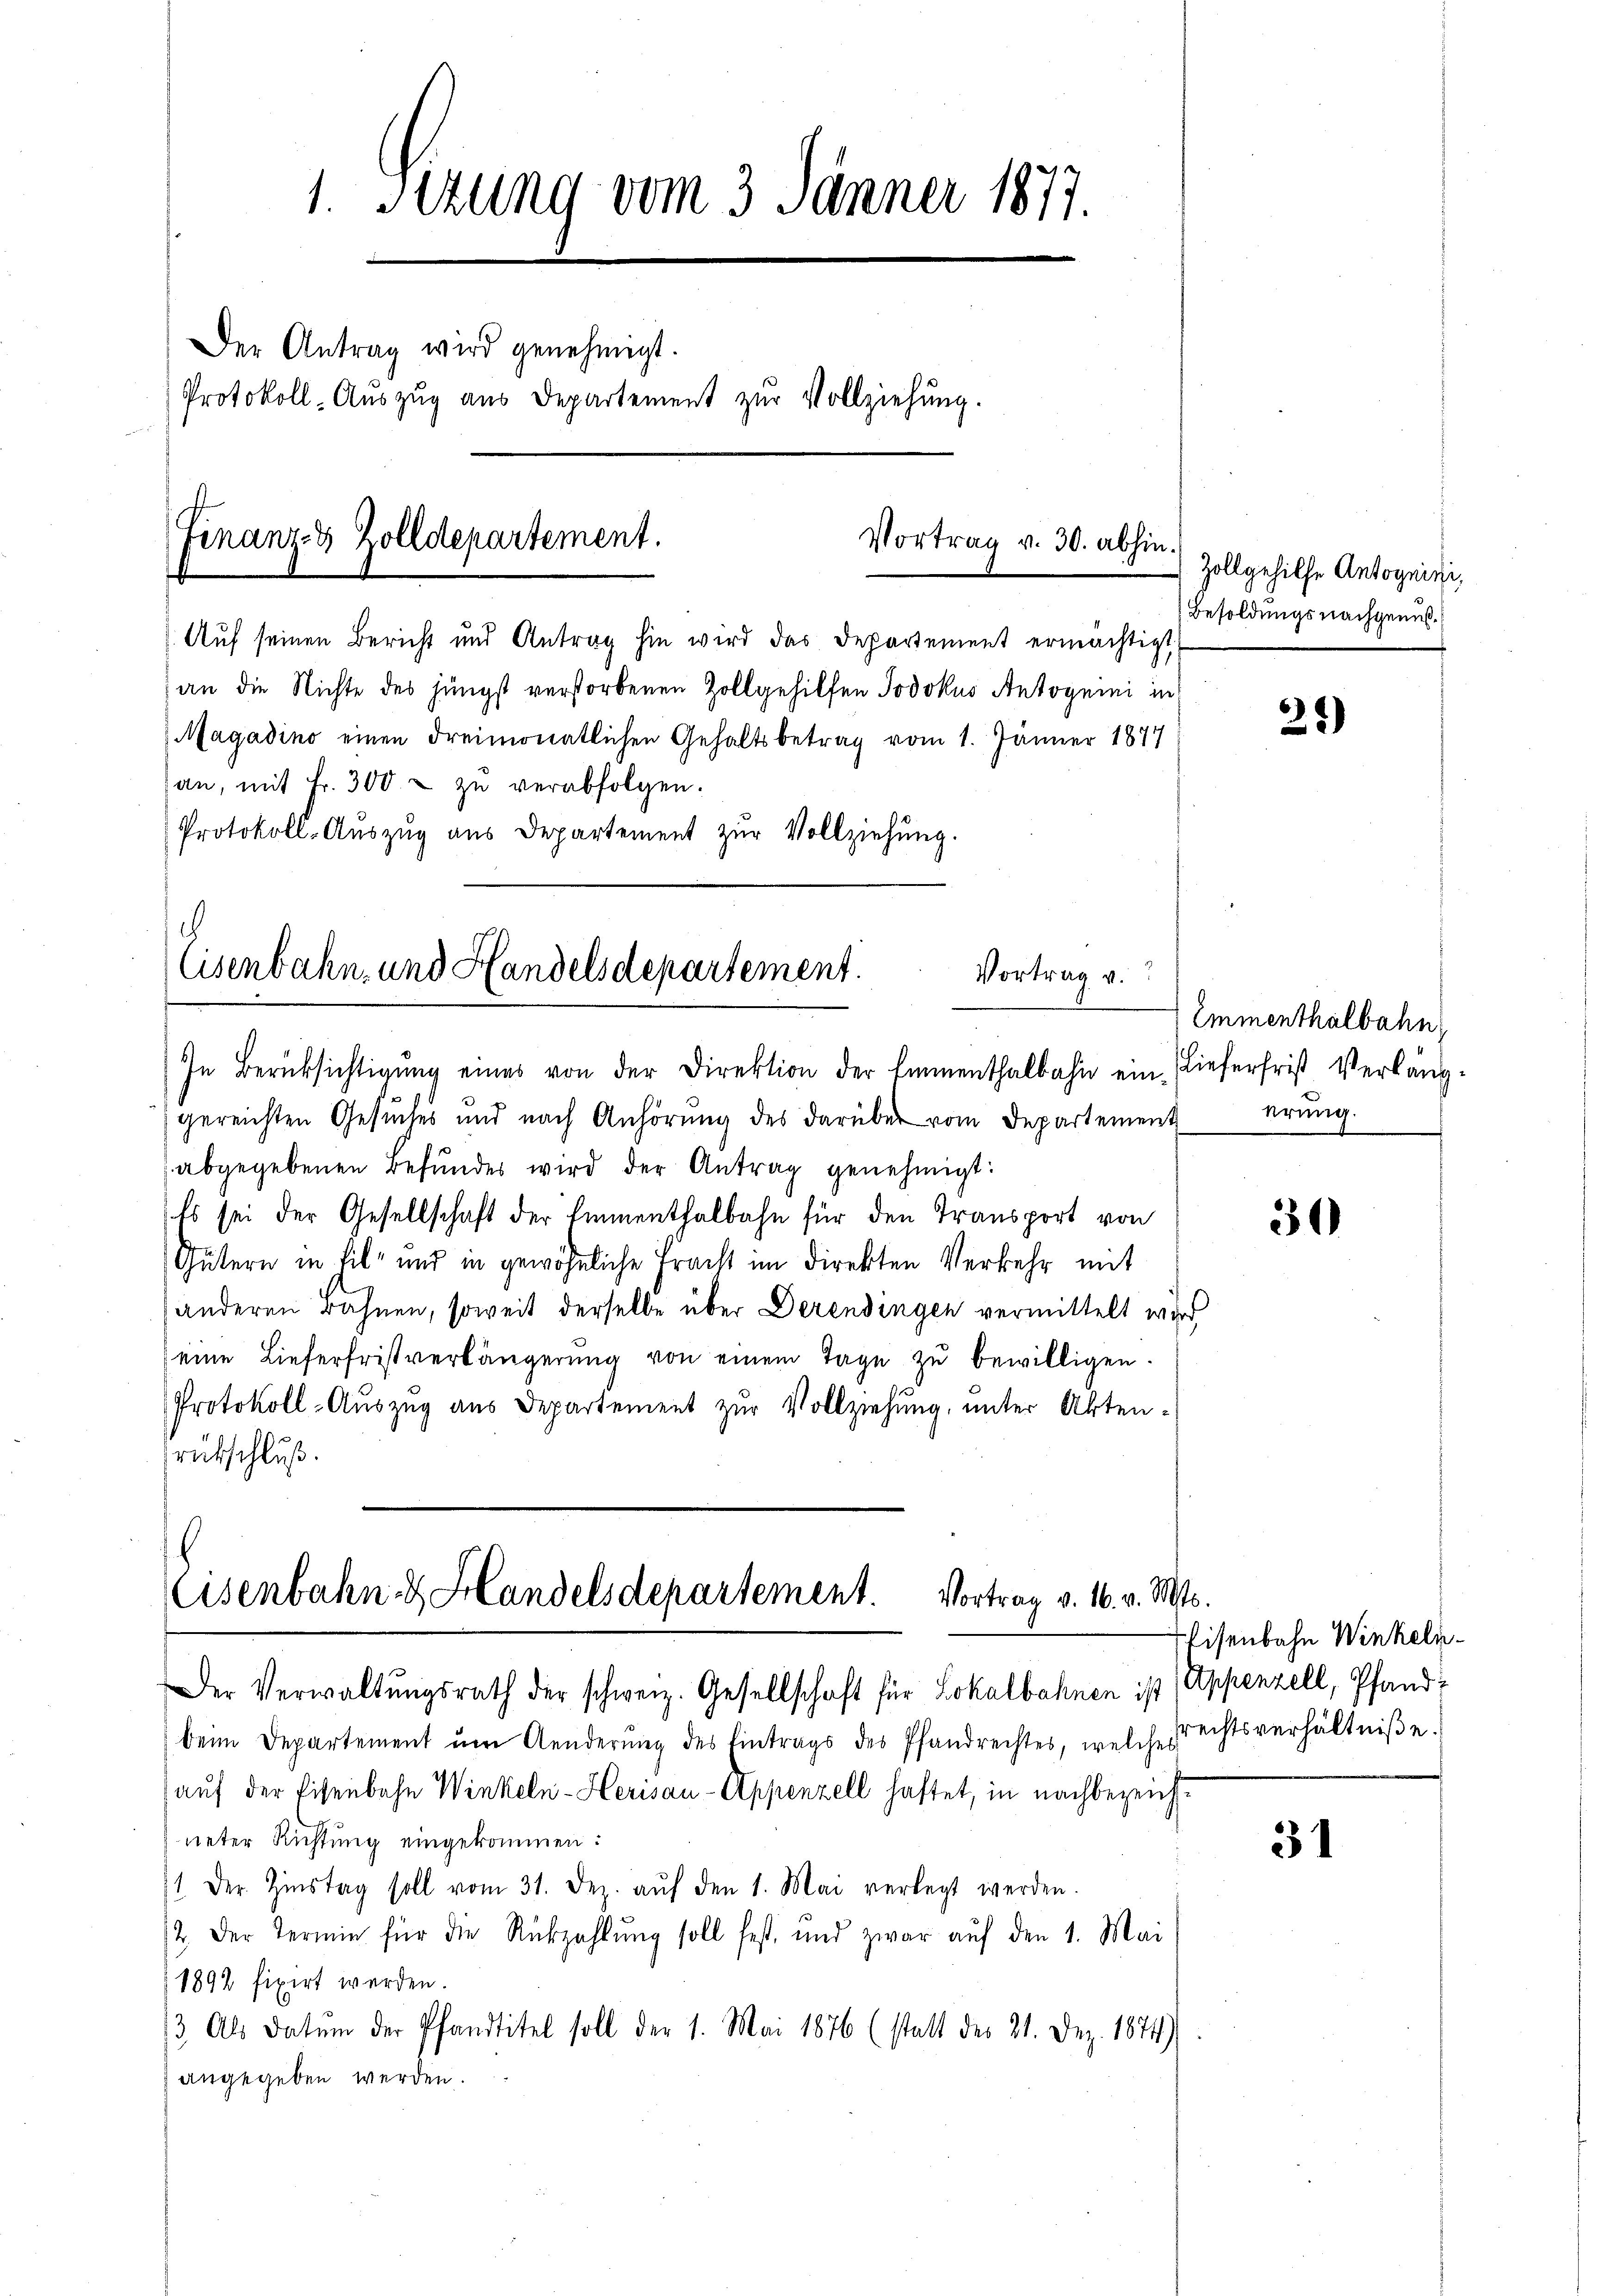
1. Sitzung vom 3. Jänner 1877.
Der Antrag wird genehmigt.
Protokoll-Auszug aus Departement zur Vollziehung.

Auf seinen Bericht und Antrag hin wird das Departement ermächtigt,
an die Nichte des jüngst verstorbenen Zollgehilfen Jodokus Antognini in
Magadino einen dreimonatlichen Gehaltsbetrag vom 1. Jänner 1877
an, mit Fr. 300.- zŭ verabfolgen.
Protokoll-Aŭszŭg aŭs Departement zŭr Vollziehŭng.
.

Finanz- & Zolldepartement.

Eisenbahn- und Handelsdepartement.
Vortrag v.

In Berücksichtigŭng eines von der Direktion der Emmenthalbahn ein lieferfrist Verläng-
gereichten Gesŭches und nach Anhörŭng des darüber vom Departement erŭng.
abgegebenen Befundes wird der Antrag genehmigt:
Es sei der Gesellschaft der Emmenthalbahn für den Transport von
Gütern in Eile und in gewöhnliche Fracht im Direkten Verkehr mit
anderen Bahnen, soweit derselbe über Derendingen vermittelt wird
eine Lieferfristverlängerŭng von einem Tage zŭ bewilligen.
Protokoll-Auszug aus Departement zŭr Vollziehung, unter Akten-
rükschluß.
¬

Eisenbahn & Handelsdepartement. Vortrag v. 16. v. Mts.
Der Verwaltŭngsrath der schweiz. Gesellschaft für Lokalbahnen ist Appenzell, Pfand¬

beim Departement um Aenderung des Eintrags des Pfandrechtes, welches
auf der Eisenbahn Winkeln-Herisau-Appenzell haftet, in nachbezeichneter Richtung eingekommen:
71. Der Zinstag soll vom 31. Dez. aŭf den 1. Mai verlegt werden.
12. Der Termin für die Rückzahlŭng soll fest, und zwar aŭf den 1. Mai
1892 fixirt werden.
13. Als Datum der Pfandtitel soll der 1. Mai 1876 (statt des 21. Dez. 1874)
angegeben werden.

Vortrag v. 30. abhin.
Zollgehilfe Antogniti,
Besoldungsnachgenuß

21)

Emmenthalbahn

3

Eisenbahn Winkeln.
srechtsverhältniße.

31